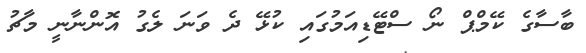
ބާސާގެ ކޭމްޕް ނޯ ސްޓޭޑިއަމުގައި ކުޅޭ ދެ ވަނަ ލެގު އޮންނާނީ މާޗު